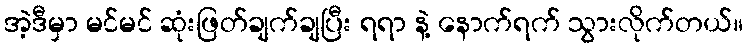
အဲ့ဒီမှာ မင်မင် ဆုံးဖြတ်ချက်ချပြီး ရရာ နဲ့ နောက်ရက် သွားလိုက်တယ်။